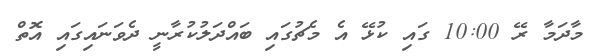
މާދަމާ ރޭ 10:00 ގައި ކުޅޭ އެ މެޗުގައި ބައްދަލުކުރާނީ ދެވަނައިގައި އޮތް